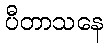
ပီတာသနေ